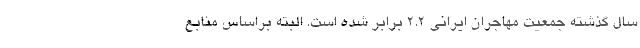
سال گذشته جمعیت مهاجران ایرانی ۲.۲ برابر شده است. البته براساس منابع